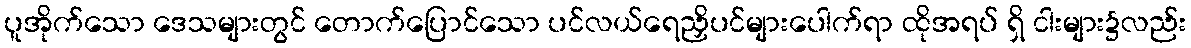
ပူအိုက်သော ဒေသများတွင် တောက်ပြောင်သော ပင်လယ်ရေညှိပင်များပေါက်ရာ ထိုအရပ် ရှိ ငါးများ၌လည်း